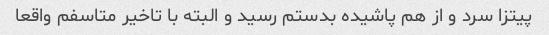
پیتزا سرد و از هم پاشیده بدستم رسید و البته با تاخیر متاسفم واقعا